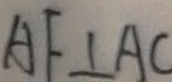
A F \bot A C